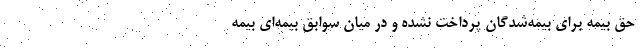
حق بیمه برای بیمه‌شدگان پرداخت نشده و در میان سوابق بیمه‌ای بیمه‌